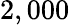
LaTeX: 2,000